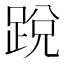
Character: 𨁑